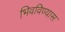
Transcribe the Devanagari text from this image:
भिवविण्यास